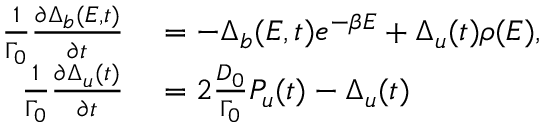
\begin{array} { r l } { \frac { 1 } { \Gamma _ { 0 } } \frac { \partial \Delta _ { b } ( E , t ) } { \partial t } } & { { } = - \Delta _ { b } ( E , t ) e ^ { - \beta E } + \Delta _ { u } ( t ) \rho ( E ) , } \\ { \frac { 1 } { \Gamma _ { 0 } } \frac { \partial \Delta _ { u } ( t ) } { \partial t } } & { { } = 2 \frac { D _ { 0 } } { \Gamma _ { 0 } } P _ { u } ( t ) - \Delta _ { u } ( t ) } \end{array}